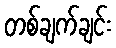
တစ်ချက်ချင်း